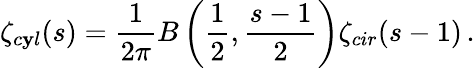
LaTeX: \zeta_{c\mathbf{y}l}(s)=\frac{{1}}{{2\pi}}B\left(\frac{{1}}{{2}},\frac{{s-1}}{{2}}\right)\zeta_{cir}(s-1)\, {.}